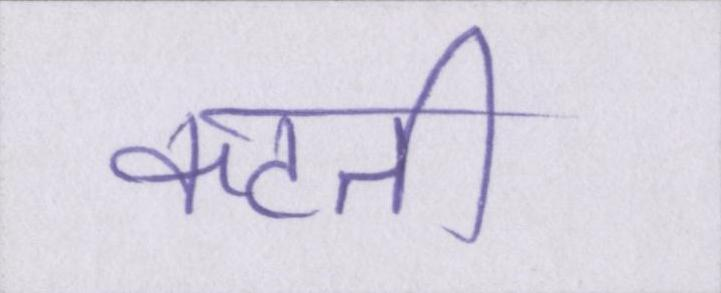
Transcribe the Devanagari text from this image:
कटती